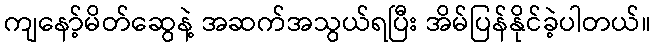
ကျနော့်မိတ်ဆွေနဲ့ အဆက်အသွယ်ရပြီး အိမ်ပြန်နိုင်ခဲ့ပါတယ်။